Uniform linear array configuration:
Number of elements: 8
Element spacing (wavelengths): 0.75
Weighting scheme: uniform
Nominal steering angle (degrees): -30
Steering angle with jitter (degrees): -28.791
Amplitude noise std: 0.05
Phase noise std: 0.05

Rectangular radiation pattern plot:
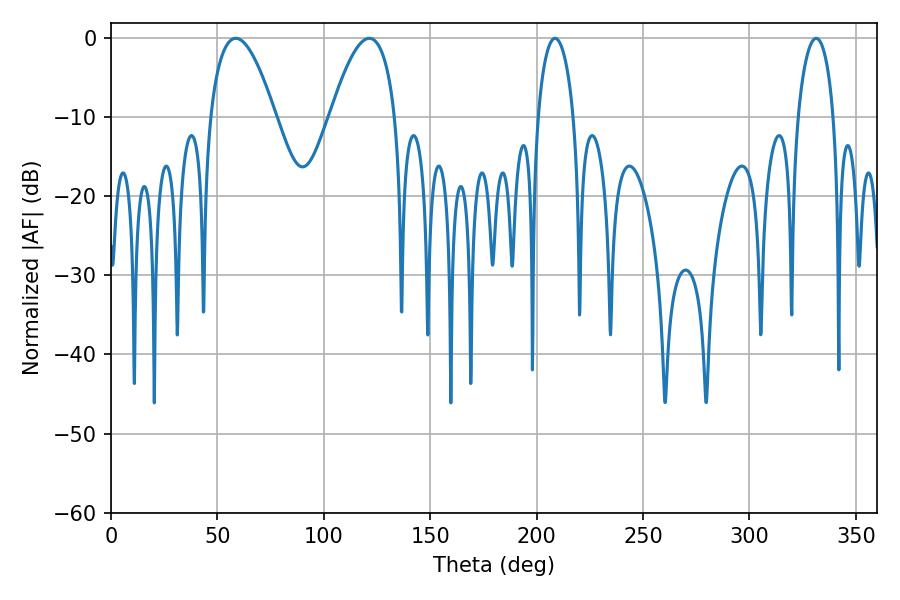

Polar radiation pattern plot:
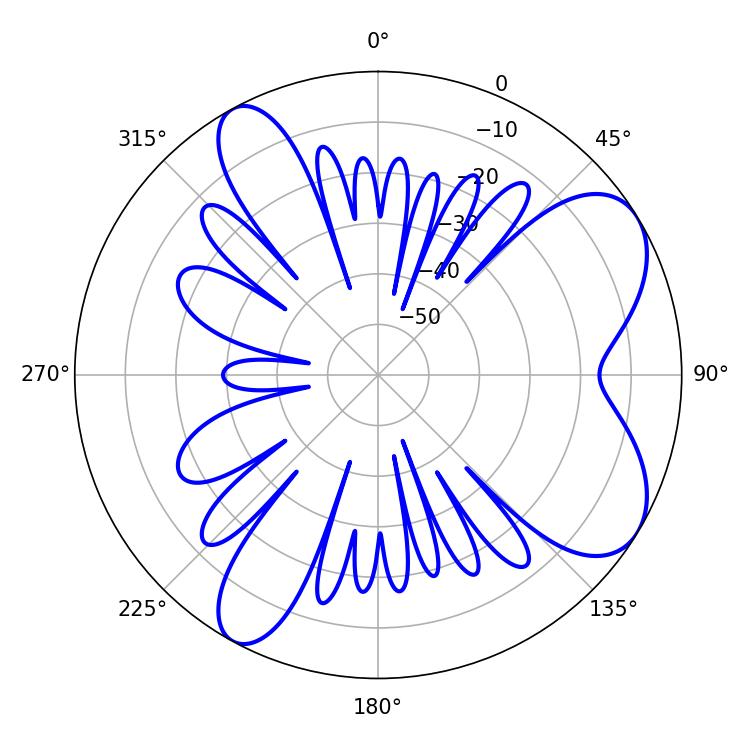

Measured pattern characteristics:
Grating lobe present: TRUE
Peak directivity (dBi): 7.277
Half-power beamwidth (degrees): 16.92
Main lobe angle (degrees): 58.68